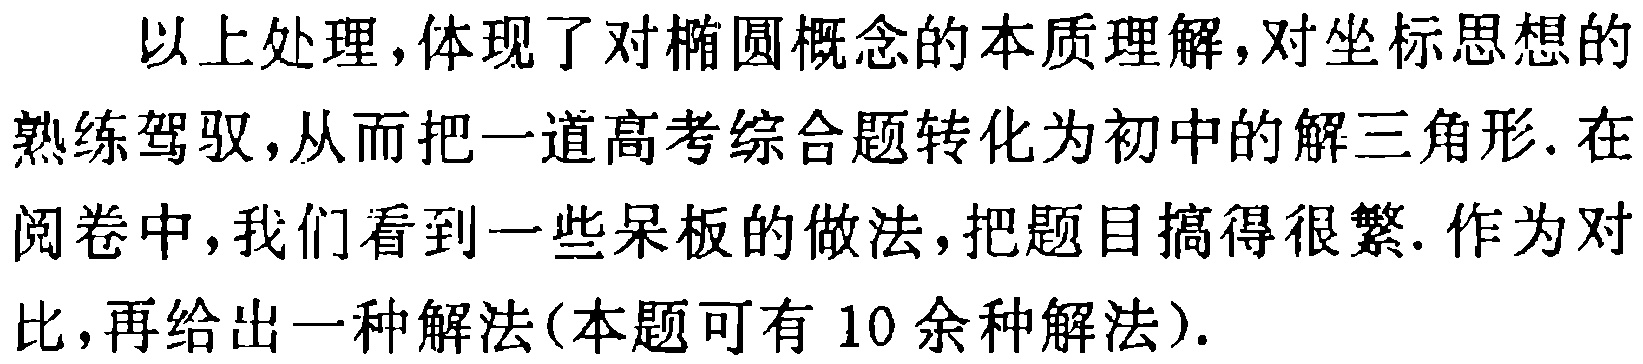
以上处理，体现了对椭圆概念的本质理解，对坐标思想的熟练驾驭，从而把一道高考综合题转化为初中的解三角形. 在阅卷中，我们看到一些呆板的做法，把题目搞得很繁. 作为对比，再给出一种解法(本题可有 10 余种解法).